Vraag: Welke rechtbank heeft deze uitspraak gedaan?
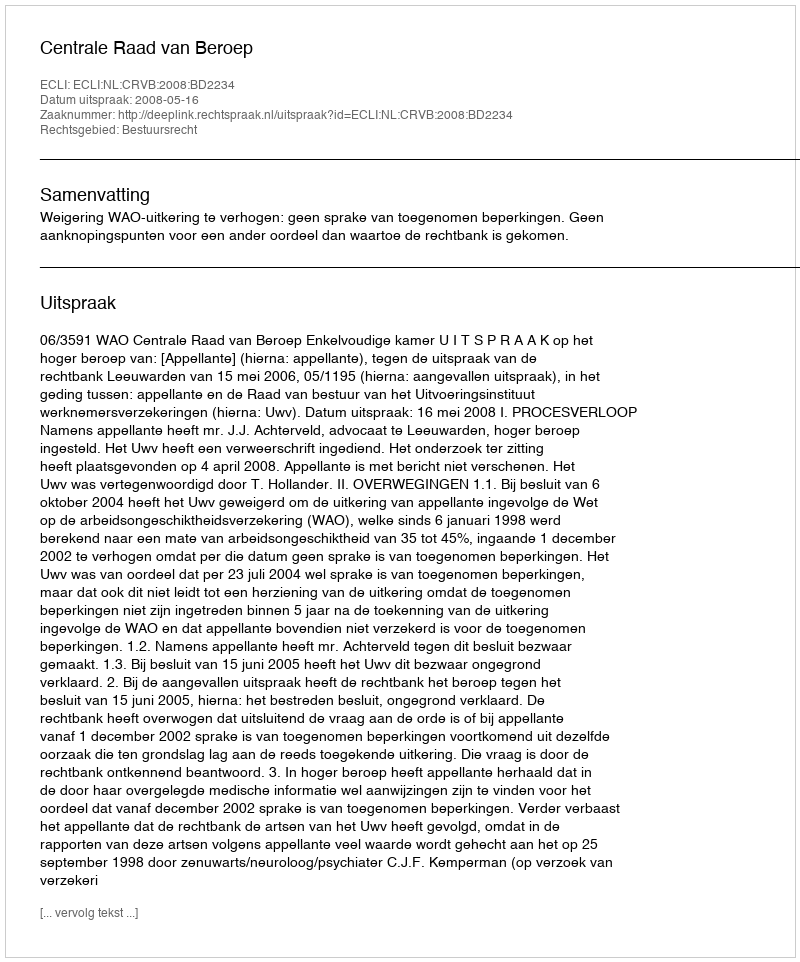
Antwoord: Centrale Raad van Beroep